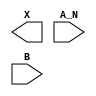
module sky130_fd_sc_hd__and2b (
    X  ,
    A_N,
    B
);

    output X  ;
    input  A_N;
    input  B  ;

    // Voltage supply signals
    supply1 VPWR;
    supply0 VGND;
    supply1 VPB ;
    supply0 VNB ;

endmodule